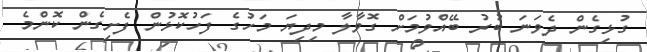
ގުޅިގެން ދެވަނަ ބުރު ބޭއްވުމަށް ގޮވާލާ މިދިޔަ މަހުގެ ފަހުކޮޅުން ފެށިގެން ކޮންމެ